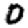
Digit: 0